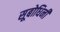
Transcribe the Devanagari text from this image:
सूबोधिनी